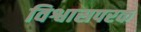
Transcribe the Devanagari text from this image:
विश्वासपरक